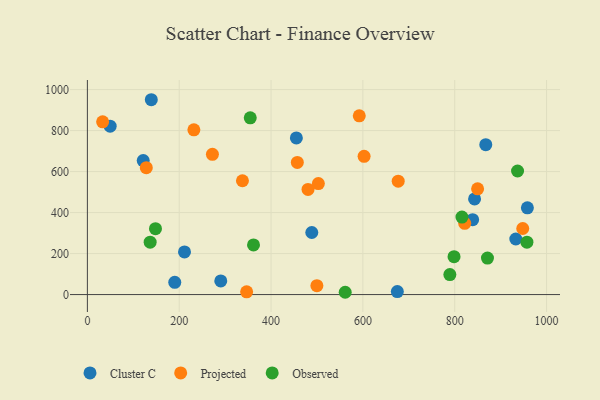
{"axis": {"x": "Price", "y": "Yield"}, "legend": ["Cluster C", "Observed", "Projected"], "data": [{"x": "455.1", "y": 764.2, "type": "Cluster C"}, {"x": "139.2", "y": 950.5, "type": "Cluster C"}, {"x": "121.6", "y": 653.5, "type": "Cluster C"}, {"x": "839.0", "y": 365.6, "type": "Cluster C"}, {"x": "49.6", "y": 821.6, "type": "Cluster C"}, {"x": "958.2", "y": 423.4, "type": "Cluster C"}, {"x": "933.0", "y": 271.1, "type": "Cluster C"}, {"x": "211.5", "y": 208.0, "type": "Cluster C"}, {"x": "290.5", "y": 66.7, "type": "Cluster C"}, {"x": "190.3", "y": 59.7, "type": "Cluster C"}, {"x": "488.7", "y": 302.8, "type": "Cluster C"}, {"x": "867.6", "y": 731.2, "type": "Cluster C"}, {"x": "843.2", "y": 466.8, "type": "Cluster C"}, {"x": "675.0", "y": 14.6, "type": "Cluster C"}, {"x": "337.7", "y": 555.2, "type": "Projected"}, {"x": "480.5", "y": 512.9, "type": "Projected"}, {"x": "849.8", "y": 516.0, "type": "Projected"}, {"x": "821.7", "y": 347.5, "type": "Projected"}, {"x": "499.8", "y": 43.3, "type": "Projected"}, {"x": "592.1", "y": 872.1, "type": "Projected"}, {"x": "503.0", "y": 541.6, "type": "Projected"}, {"x": "676.9", "y": 553.4, "type": "Projected"}, {"x": "33.2", "y": 842.7, "type": "Projected"}, {"x": "231.9", "y": 803.9, "type": "Projected"}, {"x": "602.6", "y": 674.6, "type": "Projected"}, {"x": "948.1", "y": 322.2, "type": "Projected"}, {"x": "346.8", "y": 13.6, "type": "Projected"}, {"x": "457.2", "y": 644.8, "type": "Projected"}, {"x": "272.3", "y": 684.1, "type": "Projected"}, {"x": "128.3", "y": 619.2, "type": "Projected"}, {"x": "936.8", "y": 602.9, "type": "Observed"}, {"x": "354.7", "y": 862.3, "type": "Observed"}, {"x": "361.8", "y": 242.0, "type": "Observed"}, {"x": "561.5", "y": 11.2, "type": "Observed"}, {"x": "815.7", "y": 378.0, "type": "Observed"}, {"x": "798.5", "y": 184.7, "type": "Observed"}, {"x": "789.4", "y": 97.5, "type": "Observed"}, {"x": "136.7", "y": 255.6, "type": "Observed"}, {"x": "148.3", "y": 321.5, "type": "Observed"}, {"x": "871.3", "y": 177.9, "type": "Observed"}, {"x": "957.2", "y": 255.5, "type": "Observed"}]}